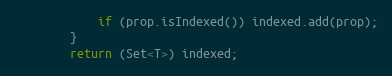
Language: Java
            if (prop.isIndexed()) indexed.add(prop);
        }
        return (Set<T>) indexed;